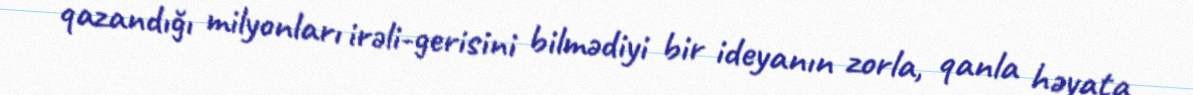
qazandığı milyonları irəli-gerisini bilmədiyi bir ideyanın zorla, qanla həyata